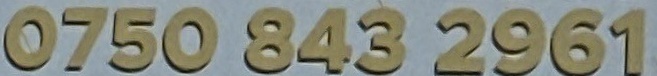
0750 843 2961